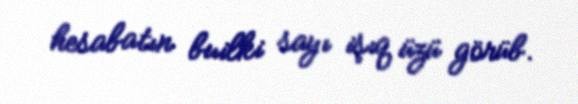
hesabatın builki sayı işıq üzü görüb.